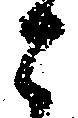
と